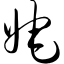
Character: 姹